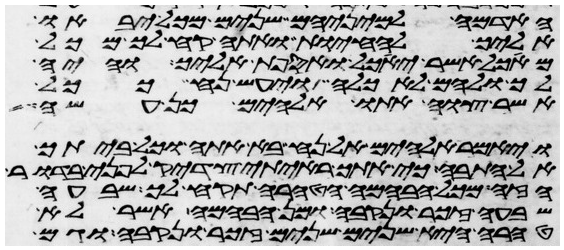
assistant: האדמה למיניהם שנים מכל יבאו
אליך להחיות ואתה קח לך מכל
מאכל אשר יאכל ואספת אליך והיה
לך ולהם לאכלה ויעש נח ככל
אשר צוה אתו אלהים כן עשה
ויאמר אלהים אל נח בא אתה וכל ביתך
אל התבה כי אתך ראיתי צדיק לפני בדור
הזה מכל הבהמה הטהרה תקח לך שבעה
שבעה זכר ונקבה ומן הבהמה אשר לא
טהרה היא שנים שנים זכר ונקבה וגם